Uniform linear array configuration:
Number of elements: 12
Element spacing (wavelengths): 0.25
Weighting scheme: binomial
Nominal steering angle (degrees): -30
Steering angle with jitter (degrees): -30.324
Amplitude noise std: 0.05
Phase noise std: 0.05

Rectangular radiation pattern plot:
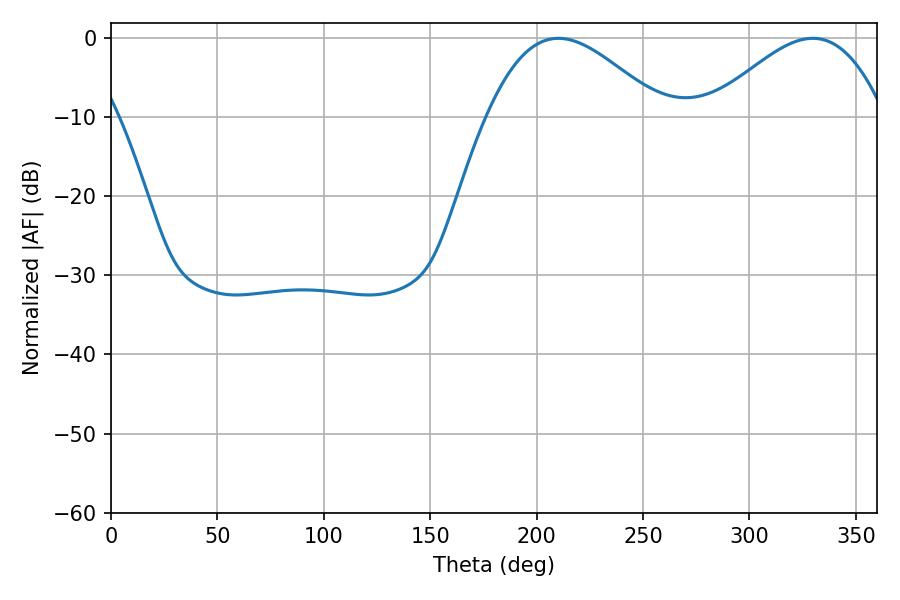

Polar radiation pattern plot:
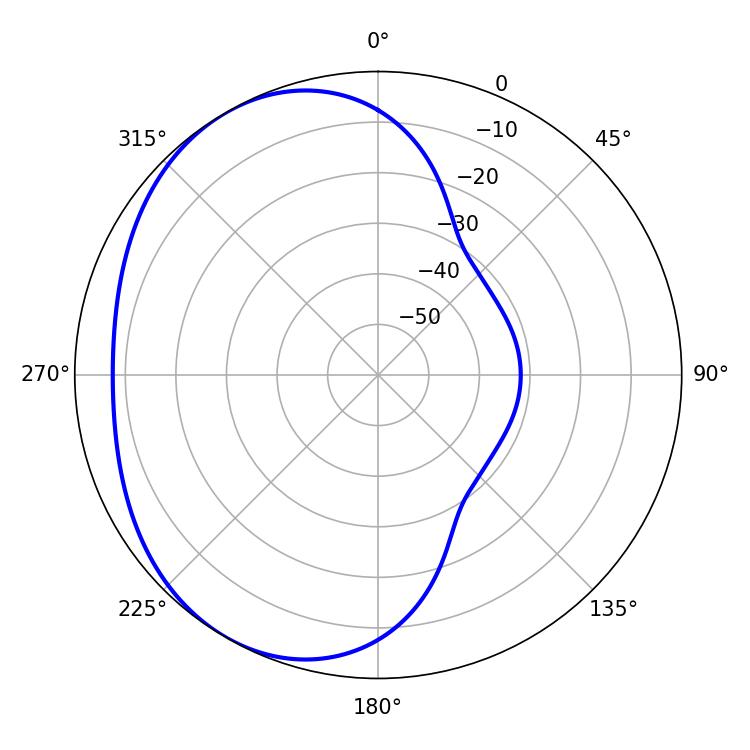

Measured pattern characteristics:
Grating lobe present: FALSE
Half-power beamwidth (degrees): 44.28
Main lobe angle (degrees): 210.24